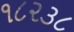
૧૮૨૩૮